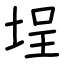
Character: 埕